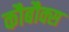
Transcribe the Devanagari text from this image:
कौबौक्स